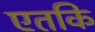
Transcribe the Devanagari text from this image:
एतकि